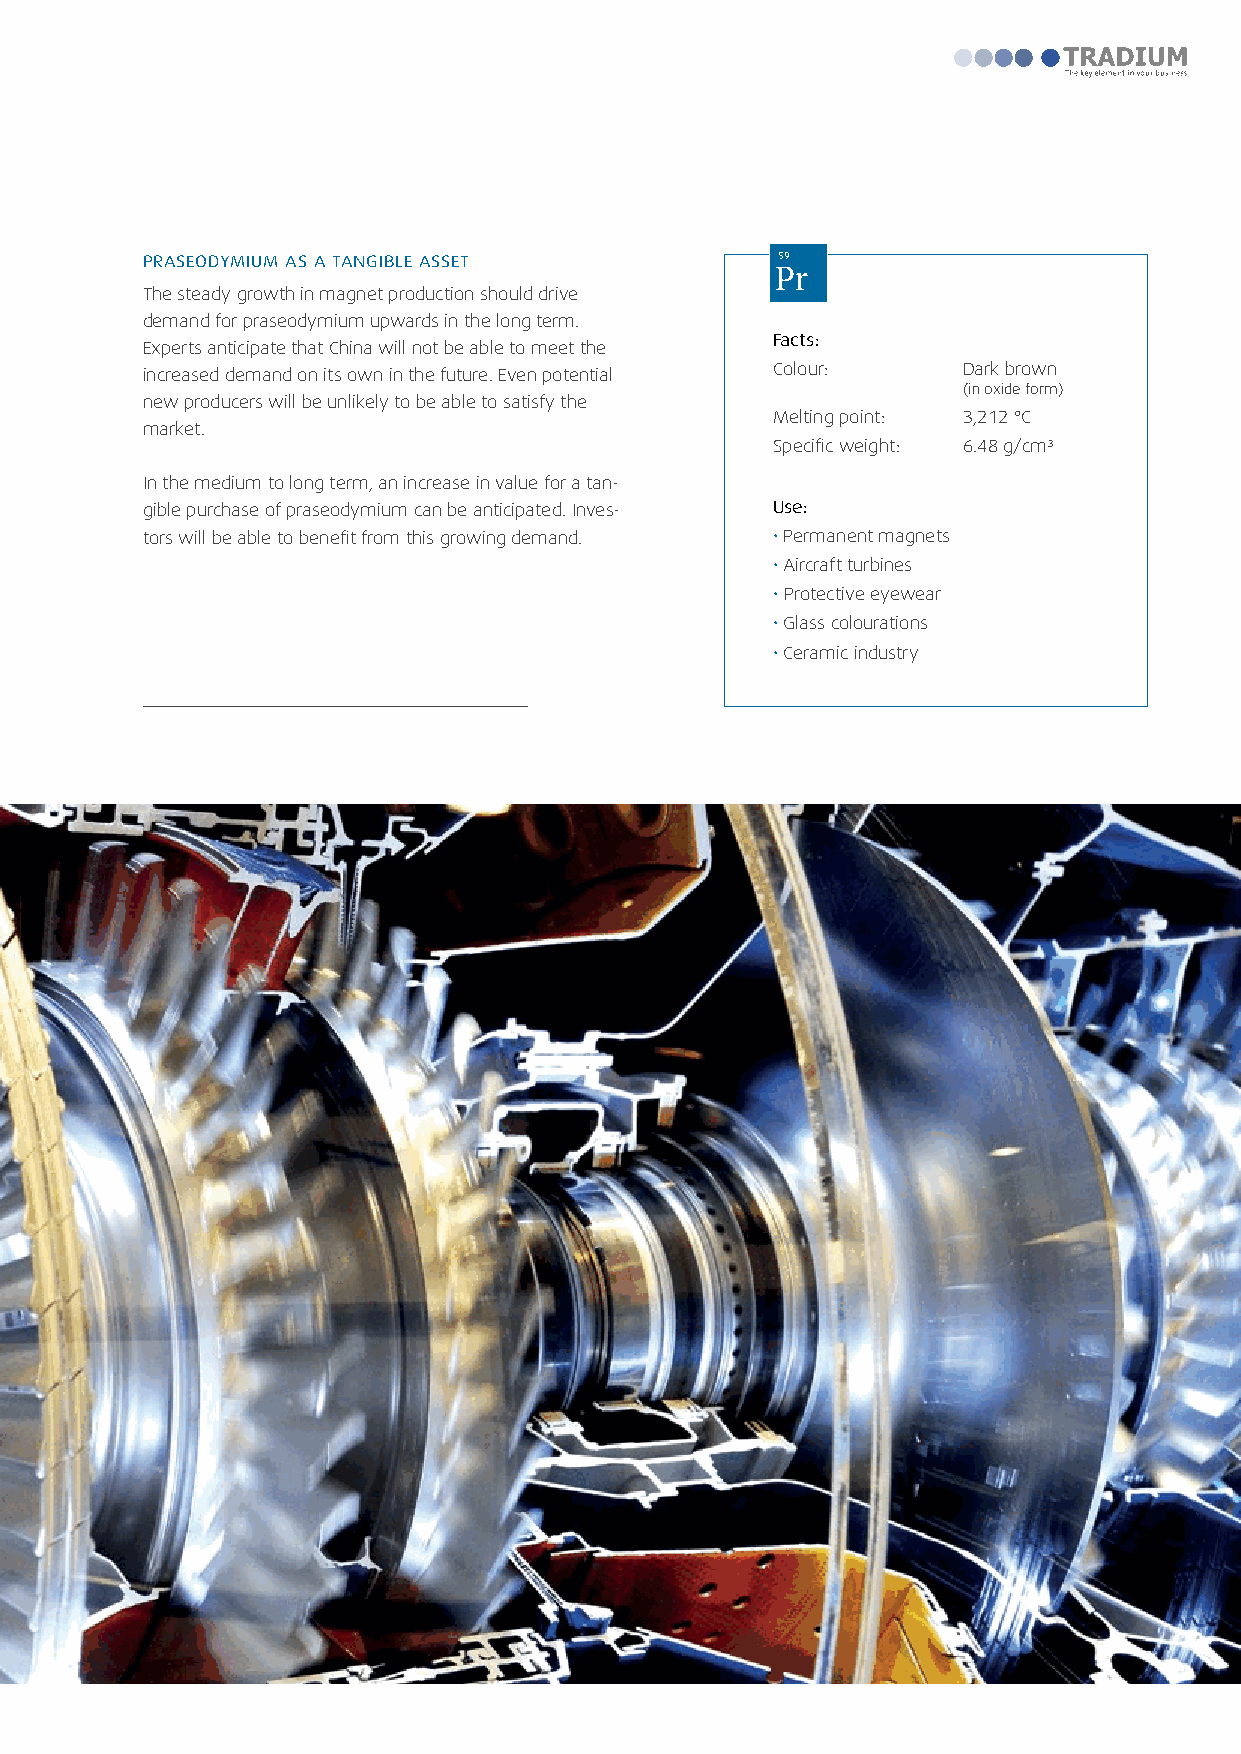
PRASEODYMIUM AS A TANGIBLE ASSET           59
 Pr
 The steady growth in magnet production should drive
 demand for praseodymium upwards in the long term.
 Facts:
 Experts anticipate that China will not be able to meet the
 increased demand on its own in the future. Even potential Colour: Dark brown
 (in oxide form)
 new producers will be unlikely to be able to satisfy the
 Melting point: 3,212 °C
 market.
 Specific weight: 6.48 g/cm³
 In the medium to long term, an increase in value for a tan-
 gible purchase of praseodymium can be anticipated. Inves- Use:
 tors will be able to benefit from this growing demand. • Permanent magnets
 • Aircraft turbines
 • Protective eyewear
 • Glass colourations
 • Ceramic industry